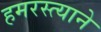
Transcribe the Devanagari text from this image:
हमरस्त्याने